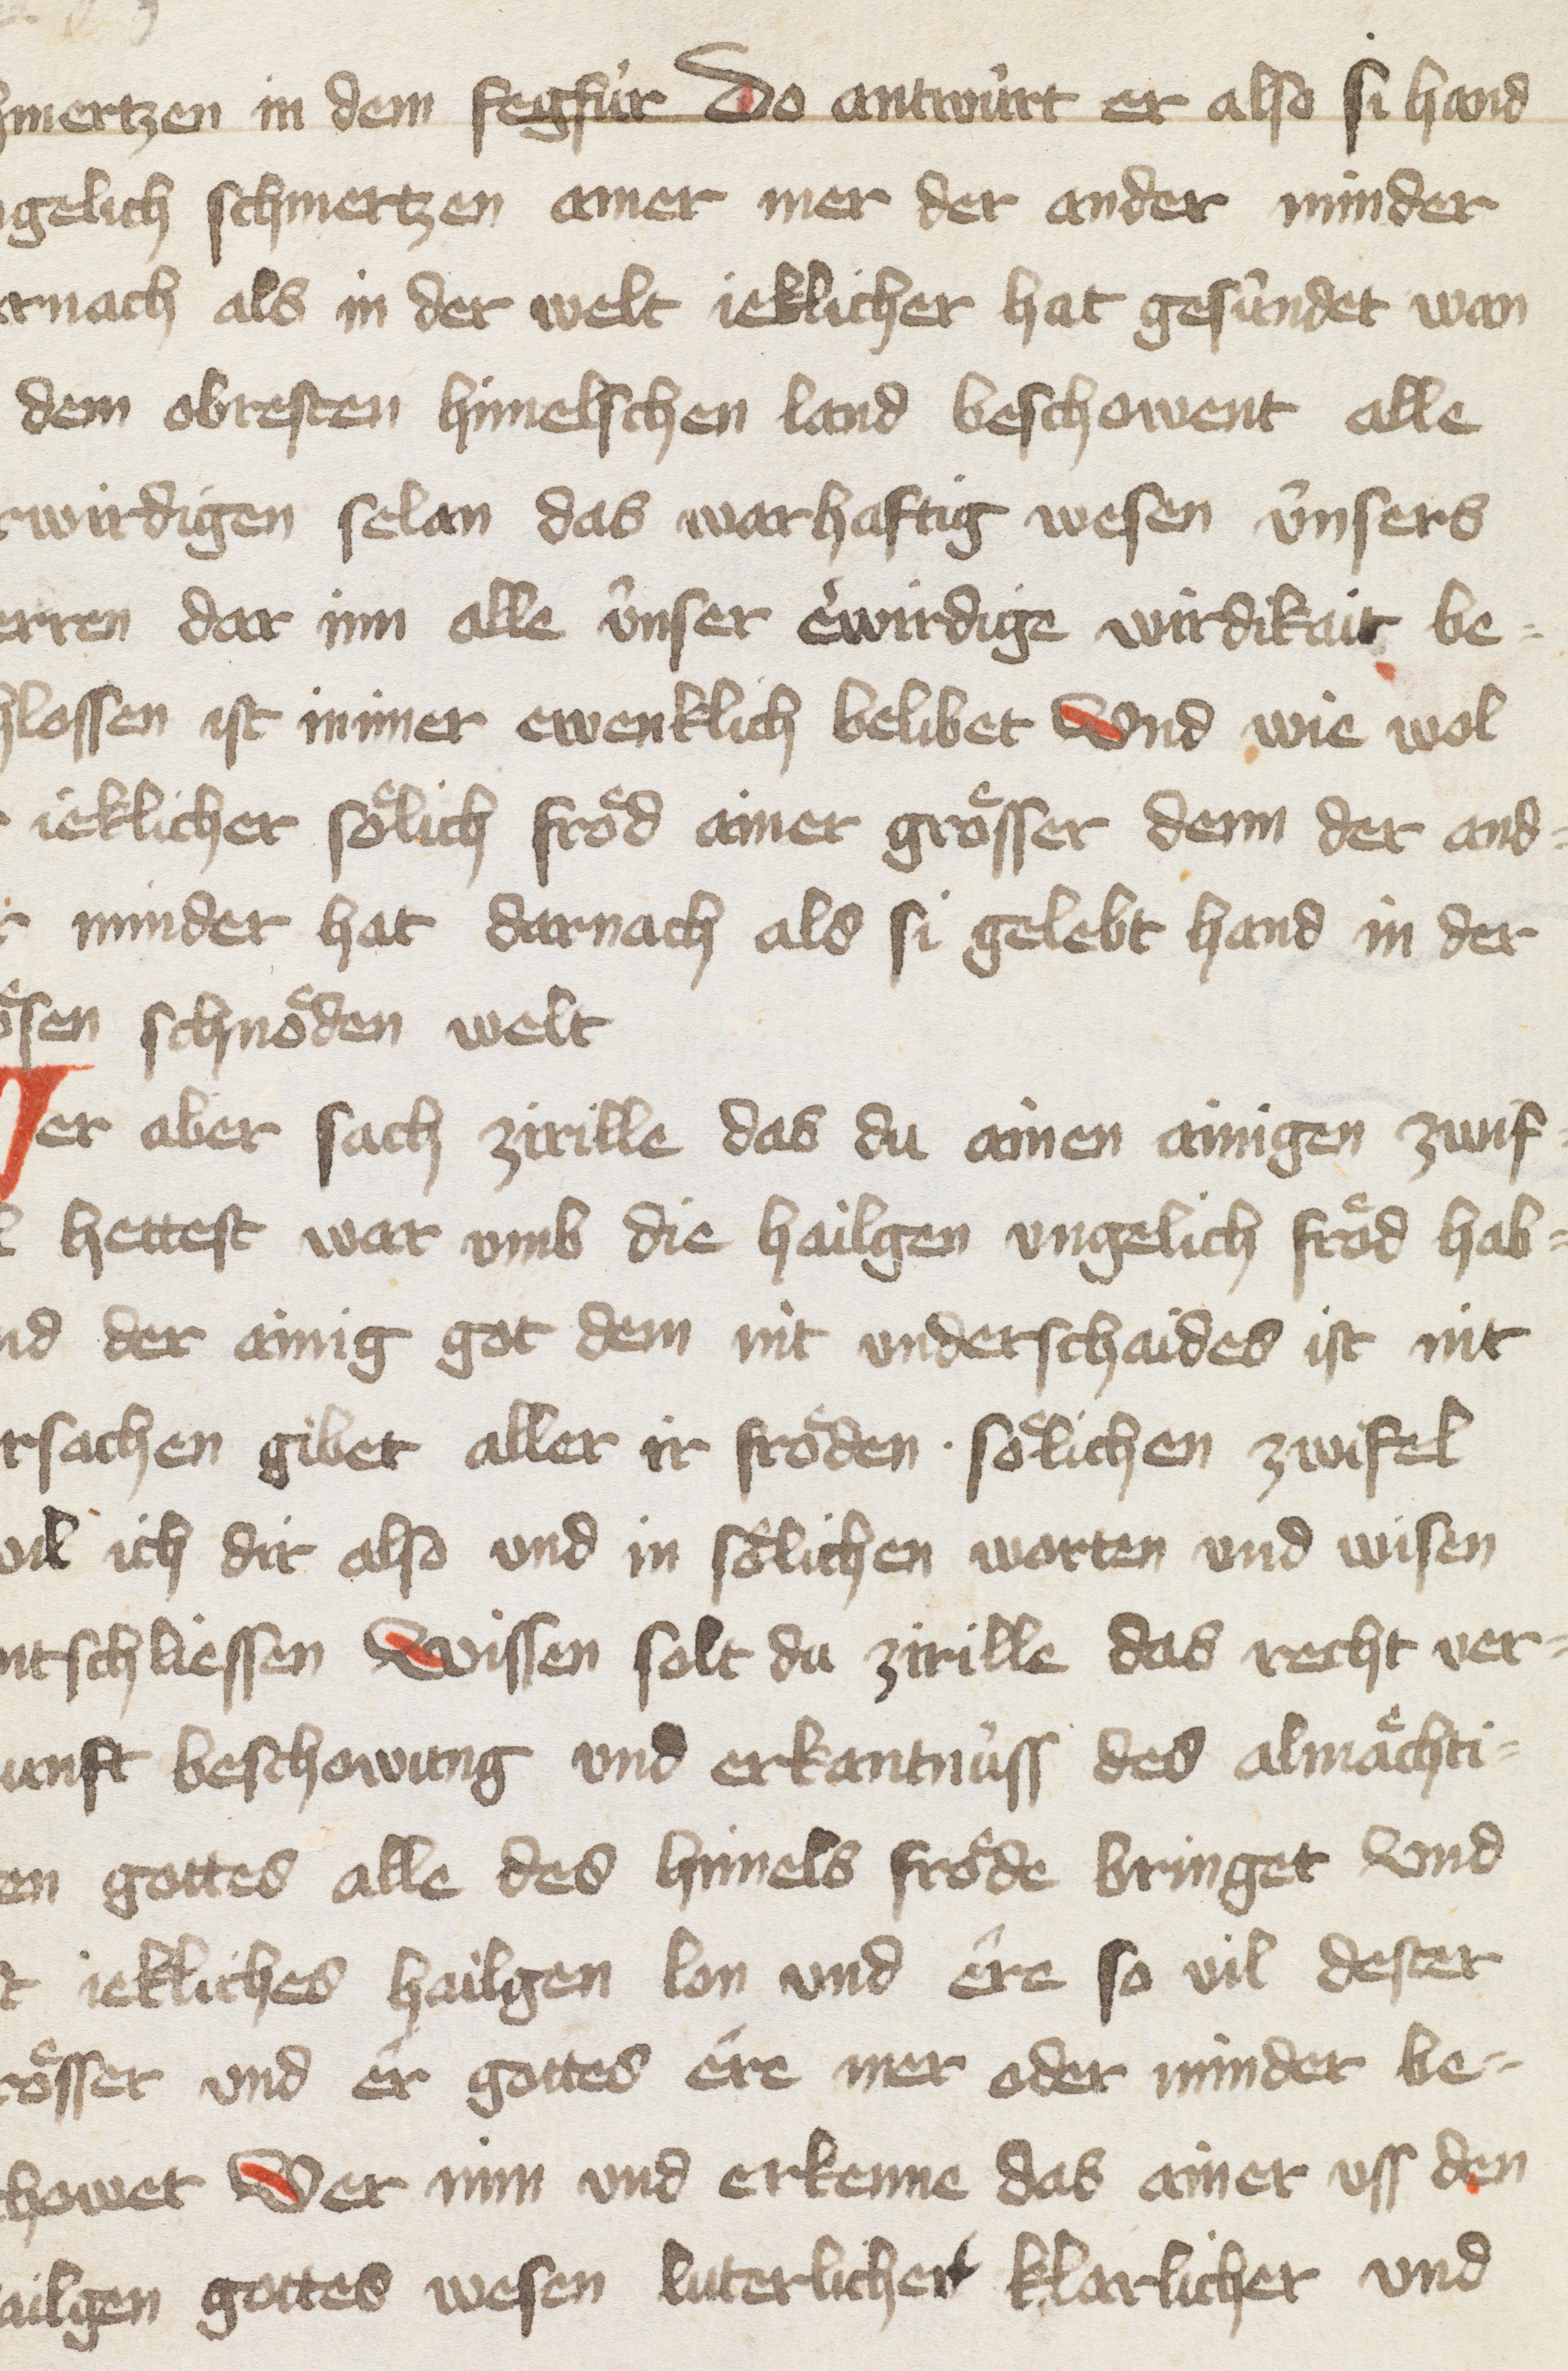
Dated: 1400–1499